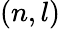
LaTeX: (n,l)